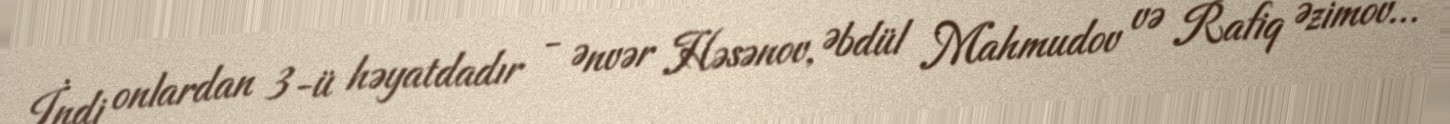
İndi onlardan 3-ü həyatdadır - Ənvər Həsənov, Əbdül Mahmudov və Rafiq Əzimov…